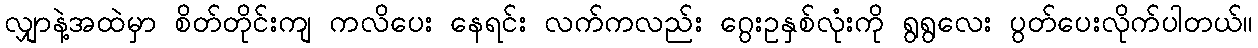
လျှာနဲ့အထဲမှာ စိတ်တိုင်းကျ ကလိပေး နေရင်း လက်ကလည်း ဂွေးဥနှစ်လုံးကို ရွရွလေး ပွတ်ပေးလိုက်ပါတယ်။